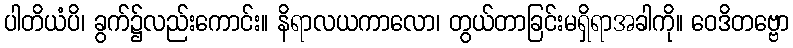
ပါတိယံပိ၊ ခွက်၌လည်းကောင်း။ နိရာလယကာလော၊ တွယ်တာခြင်းမရှိရာအခါကို။ ဝေဒိတဗ္ဗော